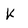
Character: K